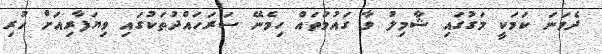
ދެވަނަ ކަމަކީ މަގުގައި ޝާމިލު ވާ ގައުމުތައް ހިމެނޭ ސަރަހައްދުތަކުގައި ވިޔަފާރިއަށް ހުރި